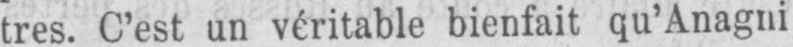
tres. C’est un véritable bienfait qu’Anagni